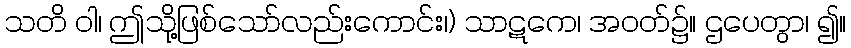
သတိ ဝါ၊ ဤသို့ဖြစ်သော်လည်းကောင်း၊) သာဋကေ၊ အဝတ်၌။ ဌပေတွာ၊ ၍။